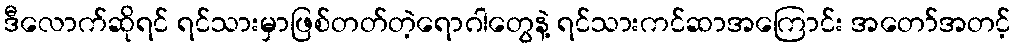
ဒီလောက်ဆိုရင် ရင်သားမှာဖြစ်တတ်တဲ့ရောဂါတွေနဲ့ ရင်သားကင်ဆာအကြောင်း အတော်အတင့်